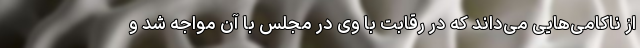
از ناکامی‌‌هایی می‌داند که در رقابت با وی در مجلس با آن مواجه شد و